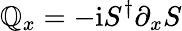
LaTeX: \mathbb{Q}_{x}=-\mathrm{{i}}S^{\dagger}\partial_{x}S